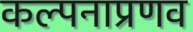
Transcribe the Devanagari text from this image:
कल्पनाप्रणव